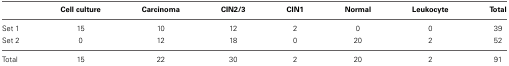
|  | Cell culture | Carcinoma | CIN2/3 | CIN1 | Normal | Leukocyte | Total |
 | --- | --- | --- | --- | --- | --- | --- | --- |
 | Set 1 | 15 | 10 | 12 | 2 | 0 | 0 | 39 |
 | Set 2 | 0 | 12 | 18 | 0 | 20 | 2 | 52 |
 | Total | 15 | 22 | 30 | 2 | 20 | 2 | 91 |